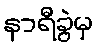
နာရီခွဲမှ